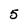
Character: 5